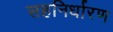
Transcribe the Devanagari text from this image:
सहनिर्धारण